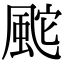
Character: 䬁